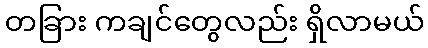
တခြား ကချင်တွေလည်း ရှိလာမယ်